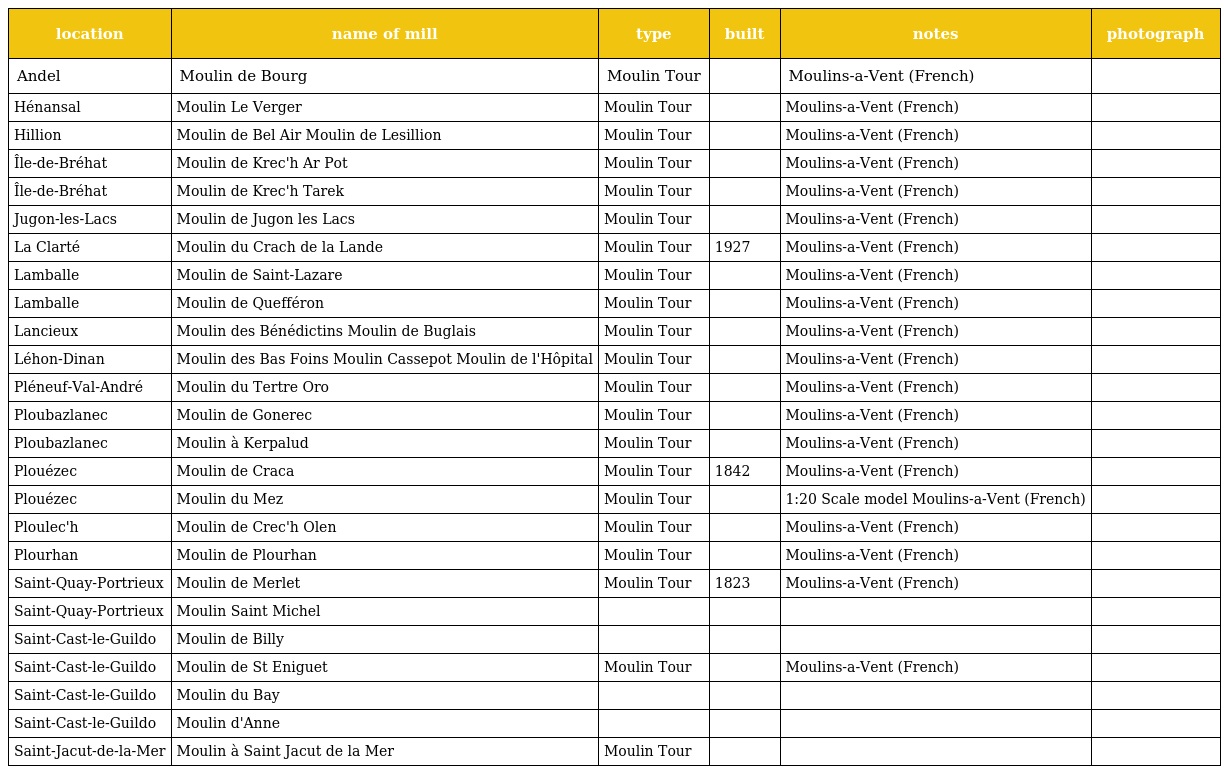
| location | name of mill | type | built | notes | photograph |
 | --- | --- | --- | --- | --- | --- |
 | Andel | Moulin de Bourg | Moulin Tour |  | Moulins-a-Vent (French) |  |
 | Hénansal | Moulin Le Verger | Moulin Tour |  | Moulins-a-Vent (French) |  |
 | Hillion | Moulin de Bel Air Moulin de Lesillion | Moulin Tour |  | Moulins-a-Vent (French) |  |
 | Île-de-Bréhat | Moulin de Krec'h Ar Pot | Moulin Tour |  | Moulins-a-Vent (French) |  |
 | Île-de-Bréhat | Moulin de Krec'h Tarek | Moulin Tour |  | Moulins-a-Vent (French) |  |
 | Jugon-les-Lacs | Moulin de Jugon les Lacs | Moulin Tour |  | Moulins-a-Vent (French) |  |
 | La Clarté | Moulin du Crach de la Lande | Moulin Tour | 1927 | Moulins-a-Vent (French) |  |
 | Lamballe | Moulin de Saint-Lazare | Moulin Tour |  | Moulins-a-Vent (French) |  |
 | Lamballe | Moulin de Quefféron | Moulin Tour |  | Moulins-a-Vent (French) |  |
 | Lancieux | Moulin des Bénédictins Moulin de Buglais | Moulin Tour |  | Moulins-a-Vent (French) |  |
 | Léhon-Dinan | Moulin des Bas Foins Moulin Cassepot Moulin de l'Hôpital | Moulin Tour |  | Moulins-a-Vent (French) |  |
 | Pléneuf-Val-André | Moulin du Tertre Oro | Moulin Tour |  | Moulins-a-Vent (French) |  |
 | Ploubazlanec | Moulin de Gonerec | Moulin Tour |  | Moulins-a-Vent (French) |  |
 | Ploubazlanec | Moulin à Kerpalud | Moulin Tour |  | Moulins-a-Vent (French) |  |
 | Plouézec | Moulin de Craca | Moulin Tour | 1842 | Moulins-a-Vent (French) |  |
 | Plouézec | Moulin du Mez | Moulin Tour |  | 1:20 Scale model Moulins-a-Vent (French) |  |
 | Ploulec'h | Moulin de Crec'h Olen | Moulin Tour |  | Moulins-a-Vent (French) |  |
 | Plourhan | Moulin de Plourhan | Moulin Tour |  | Moulins-a-Vent (French) |  |
 | Saint-Quay-Portrieux | Moulin de Merlet | Moulin Tour | 1823 | Moulins-a-Vent (French) |  |
 | Saint-Quay-Portrieux | Moulin Saint Michel |  |  |  |  |
 | Saint-Cast-le-Guildo | Moulin de Billy |  |  |  |  |
 | Saint-Cast-le-Guildo | Moulin de St Eniguet | Moulin Tour |  | Moulins-a-Vent (French) |  |
 | Saint-Cast-le-Guildo | Moulin du Bay |  |  |  |  |
 | Saint-Cast-le-Guildo | Moulin d'Anne |  |  |  |  |
 | Saint-Jacut-de-la-Mer | Moulin à Saint Jacut de la Mer | Moulin Tour |  |  |  |